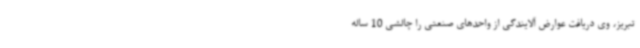
تبریز، وی دریافت عوارض آلایندگی از واحدهای صنعتی را چالشی 10 ساله